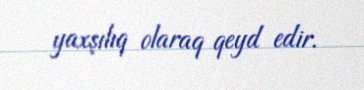
yaxşılıq olaraq qeyd edir.